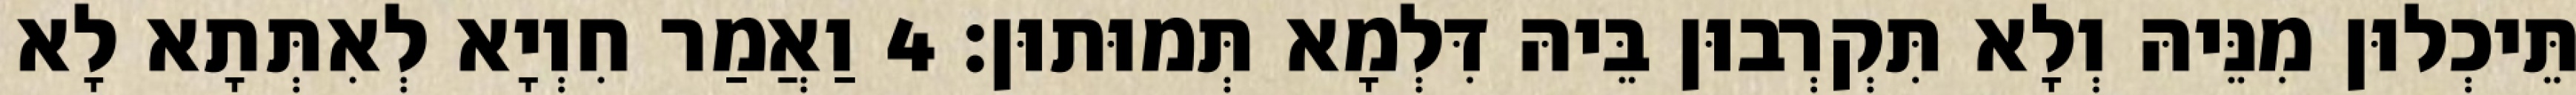
תֵּיכְלוּן מִנֵּיהּ וְלָא תִּקְרְבוּן בֵּיהּ דִּלְמָא תְּמוּתוּן׃ 4 וַאֲמַר חִוְיָא לְאִתְּתָא לָא